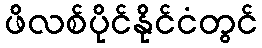
ဖိလစ်ပိုင်နိုင်ငံတွင်